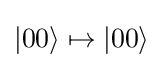
|00\rangle \mapsto |00\rangle